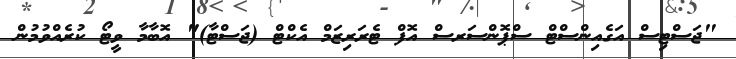
"ޖަސްޓިސް އަގެއިންސްޓް ސްޕޮންސަރސް އޮފް ޓެރަރިޒަމް އެކްޓް (ޖަސްޓާ)" އޮބާމާ ވީޓޯ ކުރެއްވުމުން